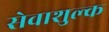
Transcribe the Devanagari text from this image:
सेवाशुल्क